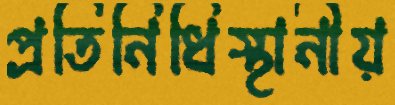
প্রতিনিধিস্থানীয়